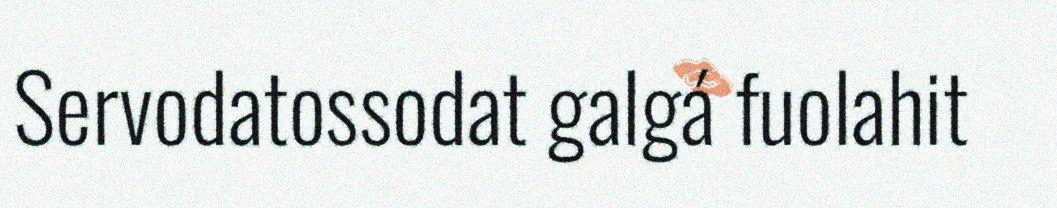
Servodatossodat galgá fuolahit